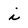
Character: i